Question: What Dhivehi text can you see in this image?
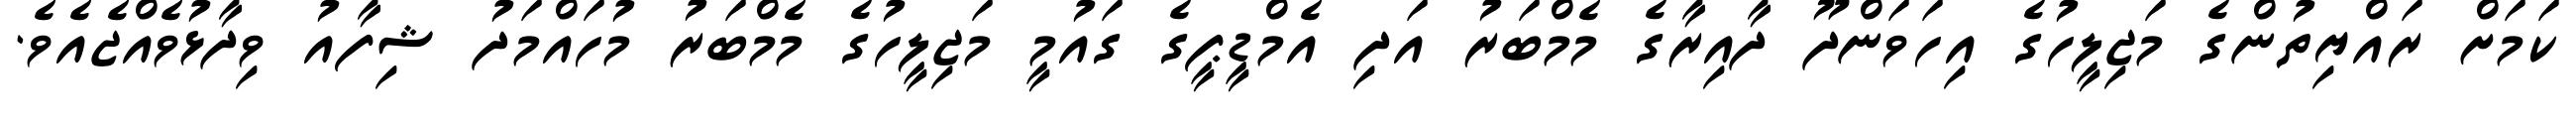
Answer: ކަމަށް ރައްޔިތުންގެ މަޖިލީހުގެ އިހަވަންދޫ ދާއިރާގެ މެމްބަރު އަދި އެމްޑީޕީގެ ގައުމީ މަޖިލީހުގެ މެމްބަރު މުހައްމަދު ޝިފާއު ވިދާޅުވެއްޖެއެވެ.